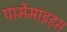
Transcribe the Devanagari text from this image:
पार्मेमाइड्स